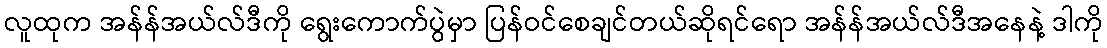
လူထုက အန်န်အယ်လ်ဒီကို ရွေးကောက်ပွဲမှာ ပြန်ဝင်စေချင်တယ်ဆိုရင်ရော အန်န်အယ်လ်ဒီအနေနဲ့ ဒါကို